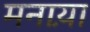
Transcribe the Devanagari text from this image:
मनाय़ा